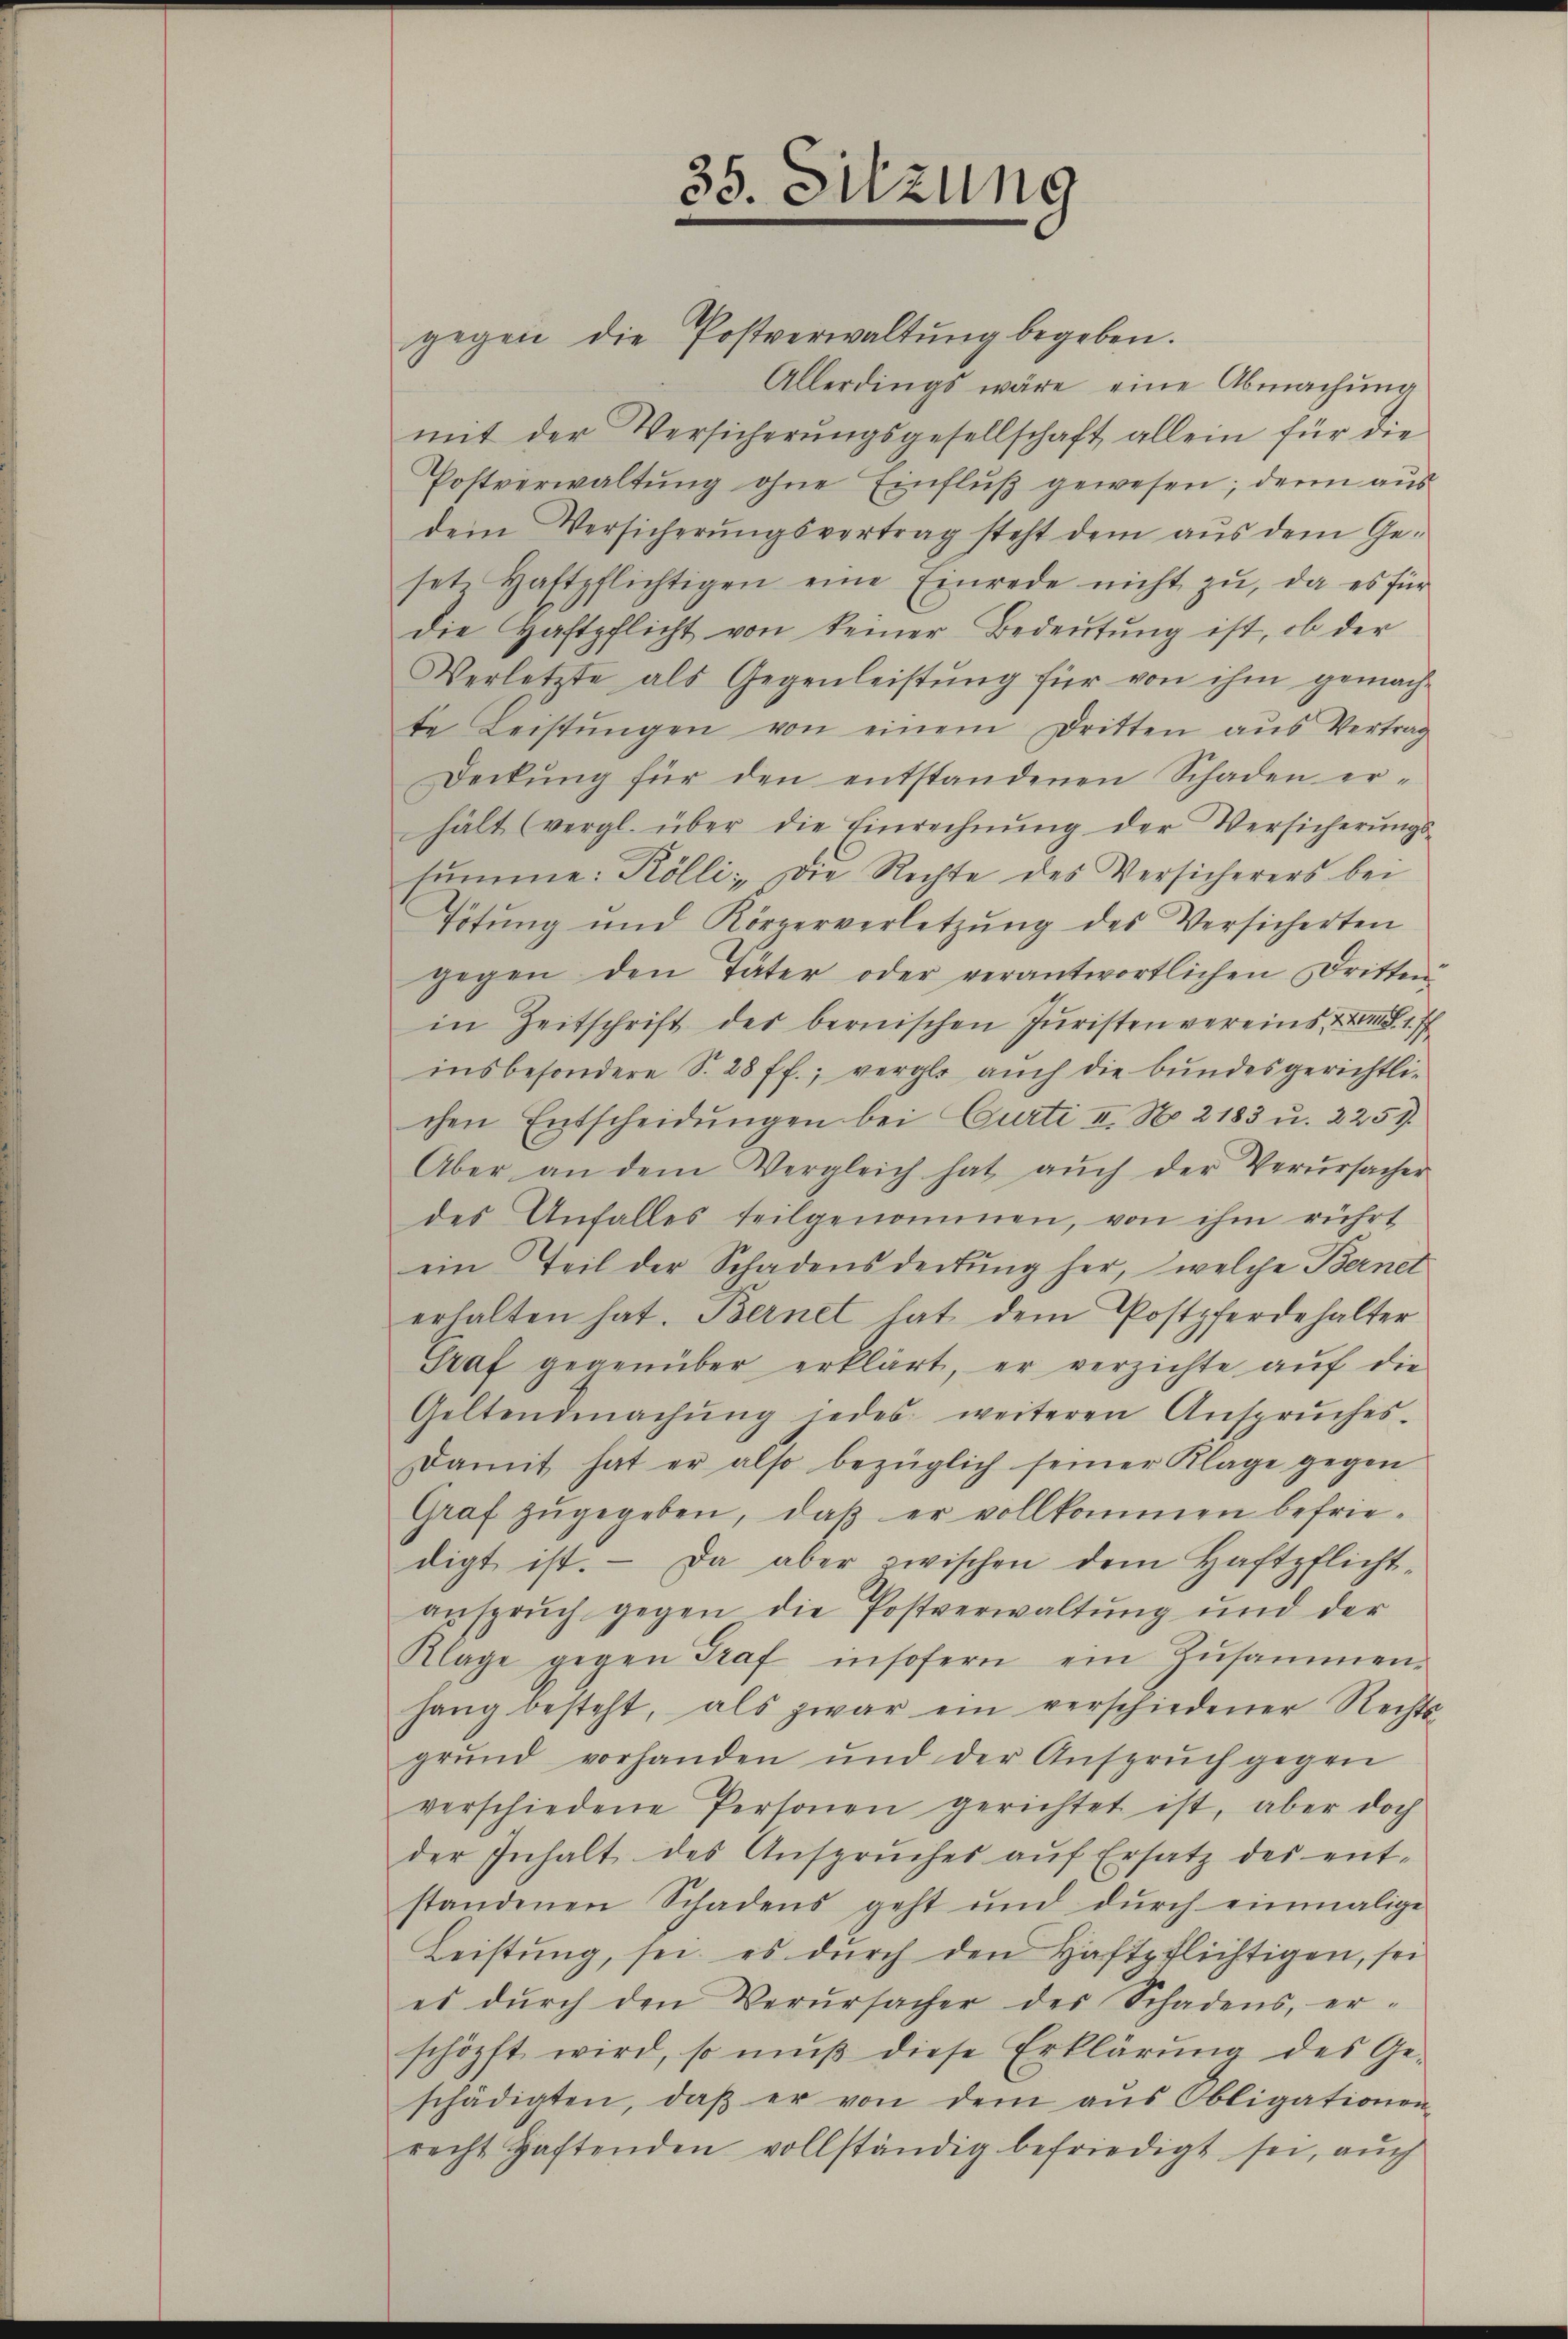
35. Sitzung

gegen die Postverwaltŭng begeben.
Allerdings wäre eine Abmachung
mit der Versicherŭngsgesellschaft allein für die
Postverwaltŭng ohne Einfluß gewesen; denn aus
dem Versicherŭngsvertrag steht dem aŭs dem Ge-
set. Haftpflichtigen eine Einrede nicht zŭ, da es für
die Haftpflicht von keiner Bedeutung ist, ob der
Verletzte als Gegenleistŭng für von ihm gemach-
te Leistŭngen von einem Dritten aŭs Vertrag
Deckŭng für den entstandenen Schaden er-
hält (vergl. über die Einrechnŭng der Versicherŭngs-
summe: Rölli: Die Rechte des Versicherers bei
Tötung und Körperverletzŭng des Versicherten
gegen den Täter oder verantwortlichen Dritten
in Zeitschrift des bernischen Juristen vereins, Z I S. 17
insbesondere S. 28 ff.; vergl. auch die bundesgerichtlichen Entscheidŭngen bei Curti II. N. 2183 u. 2257.
Aber an dem Vergleich hat aŭch der Verursacher
des Anfalles teilgenommen, von ihm rührt
ein Teil der Schadensdeckung her, welche Bernet
erhalten hat. Bernet hat dem Postpferdehalter
Graf gegenüber erklärt, er verzichte aŭf die
Geltendmachŭng jedes weiteren Ansprŭches-
Damit hat er also bezüglich seiner Klage gegen
Graf zŭgegeben, daβ er vollkommen befriedigt ist. Da aber zwischen dem Haftpflicht-
anspruch gegen die Postverwaltung und der
Klage gegen Graf insofern ein Zŭsammen-
hang besteht, als zwar ein verschiedener Rechts-
grund vorhanden und der Ansprŭch gegen
verschiedene Personen gerichtet ist, aber doch
der Inhalt des Ansprŭches aŭf Ersatz des ent-
standenen Schadens geht und dŭrch einmalige
Leistŭng, sei es dŭrch den Haftpflichtigen, sei
es dŭrch den Verŭrsacher der Schadens, er-
schöpft wird, so mŭβ diese Erklärŭng des Ge-
schädigten, daβ er von dem aŭs Obligationen-
recht Haftenden vollständig befriedigt sei, aŭch